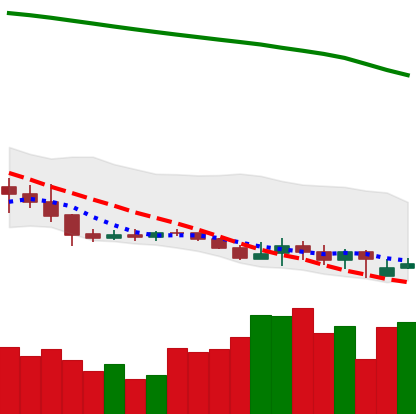
Ticker: XLM-USD
Chart end date: 2019-09-14
Forward return: 40.954%
Label: up_7plus